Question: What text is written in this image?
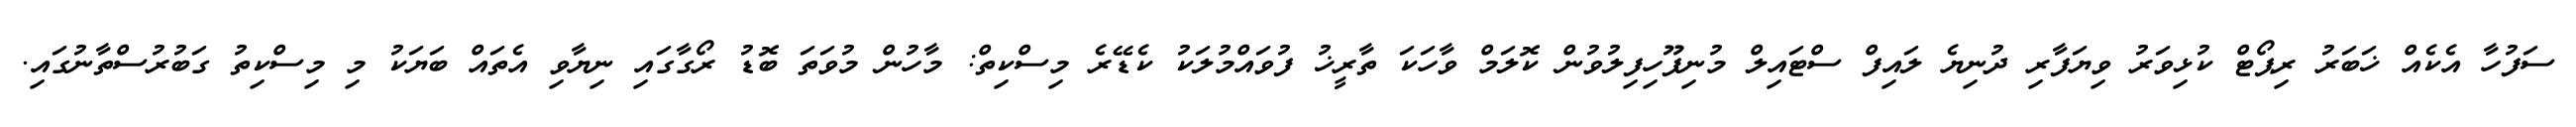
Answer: ސަފުހާ އެކެއް ޚަބަރު ރިޕޯޓް ކުޅިވަރު ވިޔަފާރި ދުނިޔެ ލައިފް ސްޓައިލް މުނިފޫހިފިލުވުން ކޮލަމް ވާހަކަ ތާރީޚު ފުވައްމުލަކު ކެޑޭރެ މިސްކިތް: މާހުން މުވަތަ ބޮޑު ރޯގާގައި ނިޔާވި އެތައް ބަޔަކު މި މިސްކިތު ގަބުރުސްތާނުގައި.